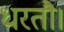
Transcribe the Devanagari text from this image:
धरतौ।